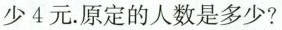
少4元.原定的人数是多少?